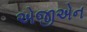
એજીએન